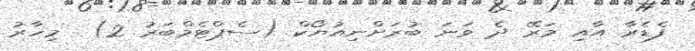
ފެޑެރާ އާއި މަރޭ ދެ ވަނަ ބުރަށްނިއުޔޯކް (ސެޕްޓެމްބަރު 2)  މިހާރު